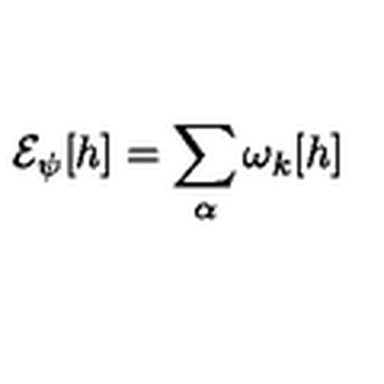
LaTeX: { \cal E } _ { \psi } [ h ] = \sum _ { \alpha } \omega _ { k } [ h ]